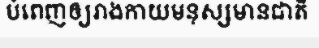
បំពេញឲ្យរាងកាយមនុស្សមានជាតិ